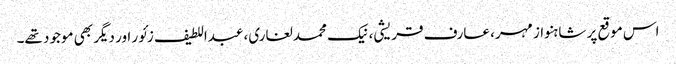
اس موقع پر شاہنواز مہر، عارف قریشی، نیک محمد لغاری، عبداللطیف زئور اور دیگر بھی موجود تھے۔